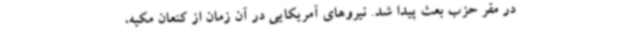
در مقر حزب بعث پیدا شد. نیروهای آمریکایی در آن زمان از کنعان مکیه،